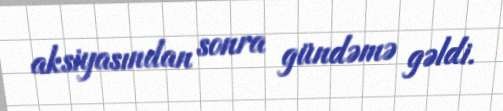
aksiyasından sonra gündəmə gəldi.